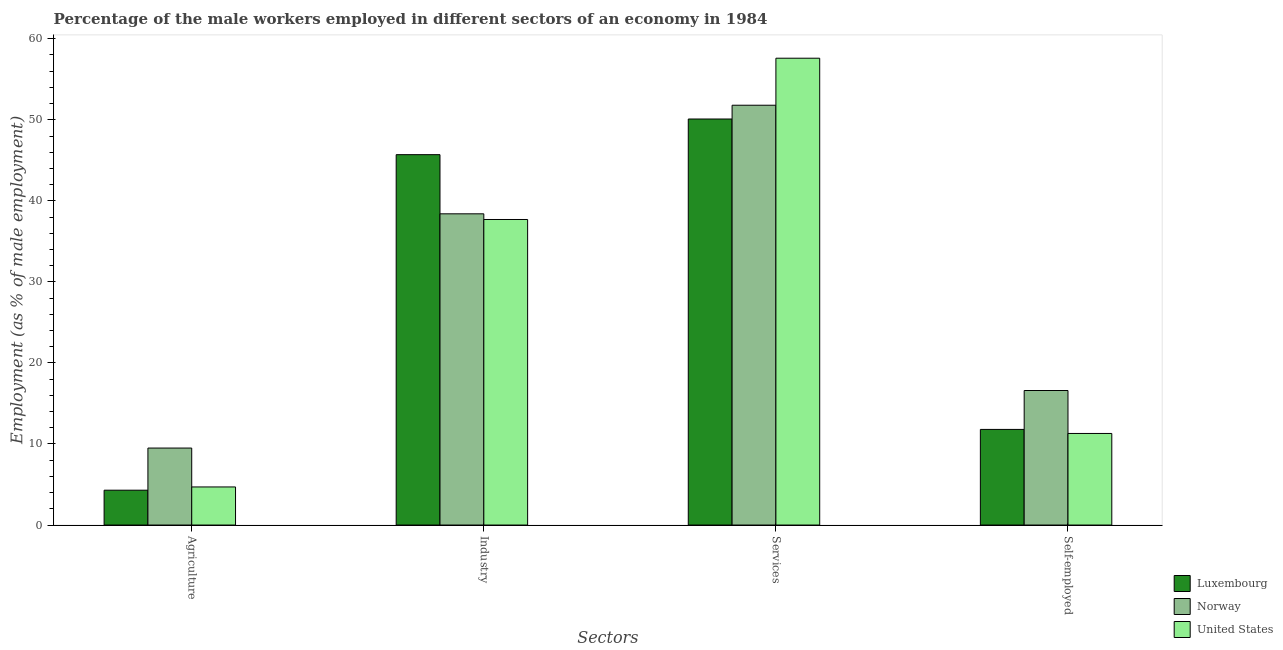
| Sectors | Luxembourg | Norway | United States |
 | --- | --- | --- | --- |
 | Agriculture | 4.3 | 9.5 | 4.7 |
 | Industry | 45.7 | 38.4 | 37.7 |
 | Services | 50.1 | 51.8 | 57.6 |
 | Self-employed | 11.8 | 16.6 | 11.3 |